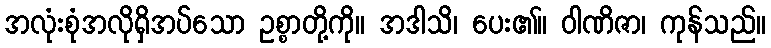
အလုံးစုံအလိုရှိအပ်သော ဥစ္စာတို့ကို။ အဒါသိ၊ ပေး၏။ ဝါဏိဇာ၊ ကုန်သည်။